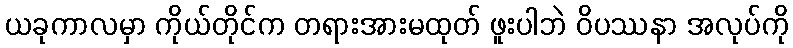
ယခုကာလမှာ ကိုယ်တိုင်က တရားအားမထုတ် ဖူးပါဘဲ ဝိပဿနာ အလုပ်ကို